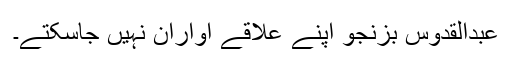
عبدالقدوس بزنجو اپنے علاقے آواران نہیں جاسکتے۔